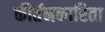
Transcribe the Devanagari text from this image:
कीर्तनकारिता